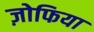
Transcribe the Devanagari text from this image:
ज़ोफिया